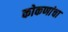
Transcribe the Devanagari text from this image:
कोकणांचा